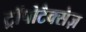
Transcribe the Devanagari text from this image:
ट्रॉपोटैक्सेज़